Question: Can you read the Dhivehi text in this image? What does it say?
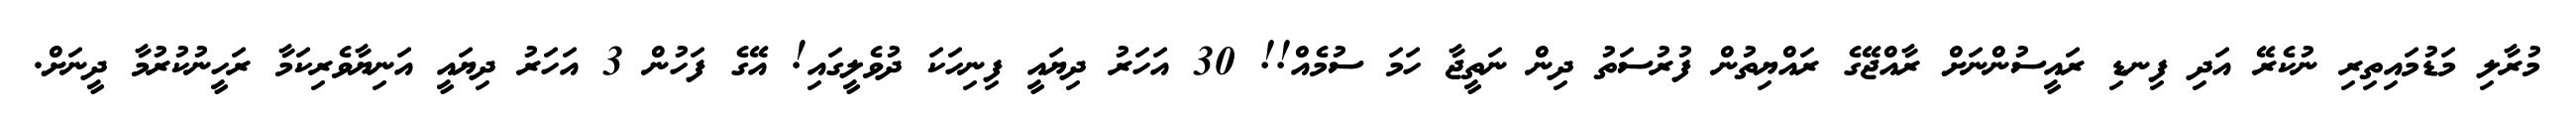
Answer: މުރާލި މަޑުމައިތިރި ނުކެރޭ އަދި ފިނޑި ރައީސުންނަށް ރާއްޖޭގެ ރައްޔިތުން ފުރުސަތު ދިން ނަތީޖާ ހަމަ ސުމެއް!! 30 އަހަރު ދިޔައީ ފިނިހަކަ ދުވެލީގައި! އޭގެ ފަހުން 3 އަހަރު ދިޔައީ އަނިޔާވެރިކަމާ ރަހީނުކުރުމާ ދީނަށް.